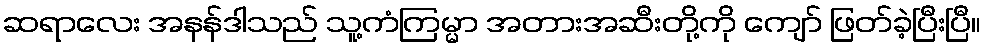
ဆရာလေး အနန်ဒါသည် သူ့ကံကြမ္မာ အတားအဆီးတို့ကို ကျော် ဖြတ်ခဲ့ပြီးပြီ။